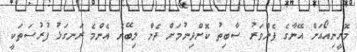
މޮރީނިއޯއަށް އޭނާގެ ފެންވަރު ސާބިތު ކޮށްދިނުމަށް ދެން ލިބޭނެ އެންމެ ރަނގަޅު ފުރުސަތަކީ